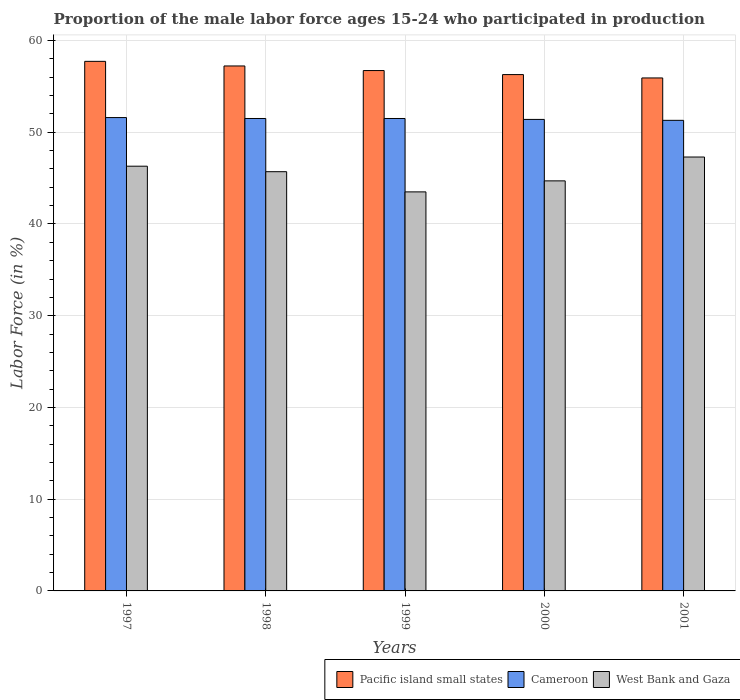
| Years | Pacific island small states | Cameroon | West Bank and Gaza |
 | --- | --- | --- | --- |
 | 1997 | 57.7 | 51.6 | 46.3 |
 | 1998 | 57.2 | 51.5 | 45.7 |
 | 1999 | 56.7 | 51.5 | 43.5 |
 | 2000 | 56.3 | 51.4 | 44.7 |
 | 2001 | 55.9 | 51.3 | 47.3 |